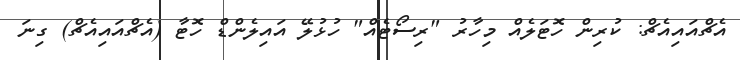
އެޗްއައިއެޗް: ކުރިން ހޮޓަލެއް މިހާރު "ރިސޯޓެއް" ހުޅުލޭ އައިލެންޑް ހޮޓާ (އެޗްއައިއެޗް) ގިނަ